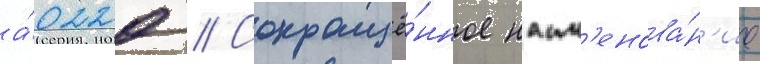
а́0220 // Сокращё́нное наим'енова́н'ие